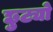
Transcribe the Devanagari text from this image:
छुट्यो